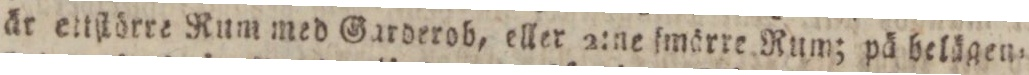
är ettſtörre Rum med Garderob, eller 2:ne ſmärre Rum; på belägen=